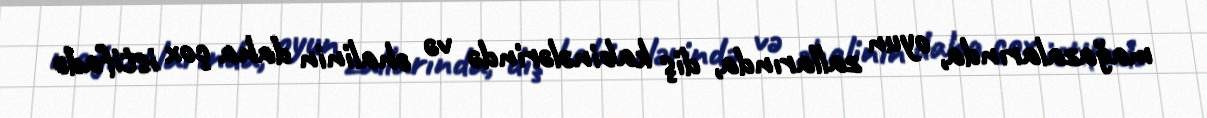
mağazalarında, oyun zallarında, diş kabinələrində və əhalinin daha çox istifadə